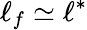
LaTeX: \ell_{f}\simeq\ell^{*}